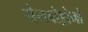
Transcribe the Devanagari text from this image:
सैमबोड्रोमो